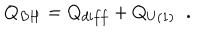
Q _ { B H } = Q _ { d i f f } + Q _ { U ( 1 ) } \; \; .